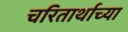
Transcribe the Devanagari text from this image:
चरितार्थाच्या